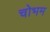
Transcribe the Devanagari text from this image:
चोभम